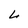
Character: L